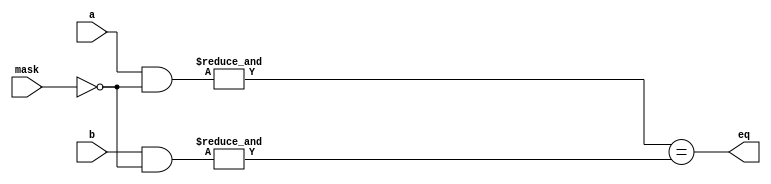
module masked_comparator (
  input [7:0] a,
  input [7:0] b,
  input [7:0] mask,
  output reg eq
);

always @(*) begin
  eq = (&(a & ~mask) == &(b & ~mask));
end

endmodule